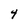
Character: 4